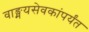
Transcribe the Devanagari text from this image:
वाङ्मयसेवकांपर्यंत